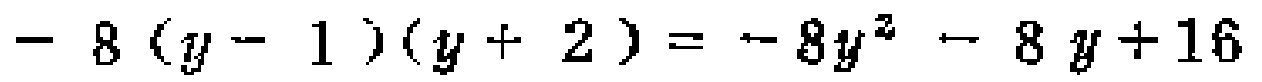
\(- 8 (y - 1 )(y + 2 ) = - 8y^{2} - 8 y + 16\)